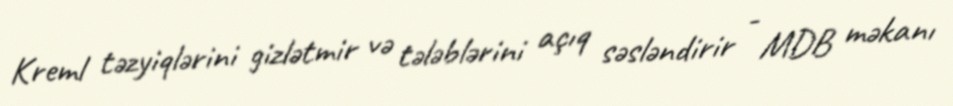
Kreml təzyiqlərini gizlətmir və tələblərini açıq səsləndirir - MDB məkanı